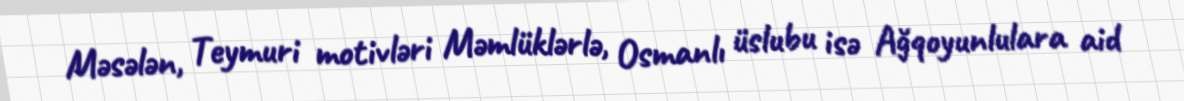
Məsələn, Teymuri motivləri Məmlüklərlə, Osmanlı üslubu isə Ağqoyunlulara aid